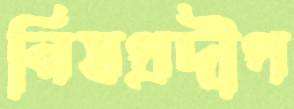
নিষপ্রদীপ